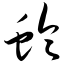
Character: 蛉